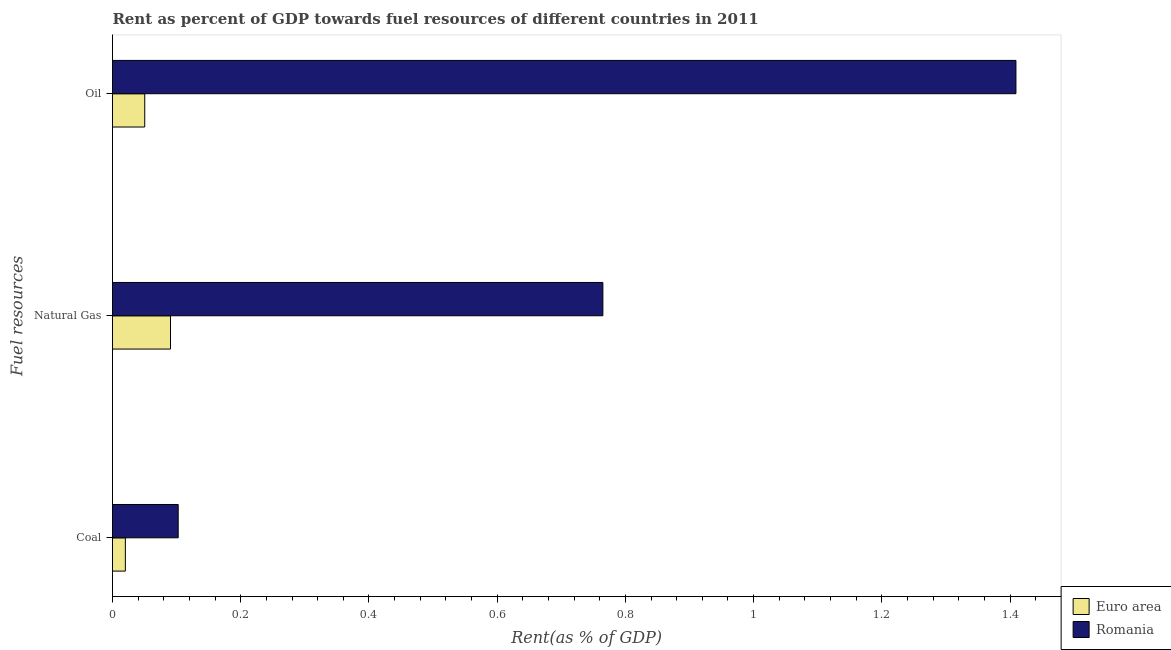
| Fuel resources | Euro area | Romania |
 | --- | --- | --- |
 | Coal | 0.0201 | 0.102 |
 | Natural Gas | 0.0905 | 0.765 |
 | Oil | 0.0503 | 1.41 |